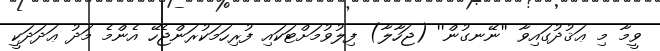
ވީމާ މި ޢަޤުދުގައިވާ ''ނޭނގުން'' (ޖަހާލާ) ފިލުވުމަށްޓަކައި ފުރިހަމަކުރަންޖެހޭ އެންމެ މަދު ޢަދަދަކީ